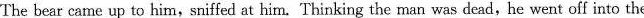
The bear came up to him,sniffed at him. Thinking the man was dead, he went off into the